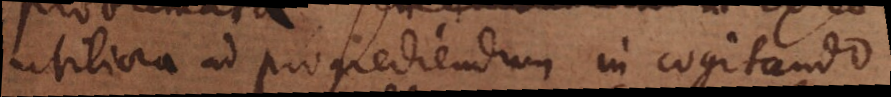
utiliora ad progrediendum in cogitando.